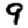
Digit: 9